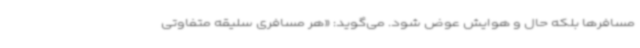
مسافرها بلکه حال و هوایش عوض شود. می‌گوید: «هر مسافری سلیقه متفاوتی